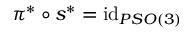
\pi ^ { * } \circ s ^ { * } = \mathrm { i d } _ { P S O ( 3 ) }